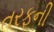
તરફની